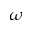
\omega